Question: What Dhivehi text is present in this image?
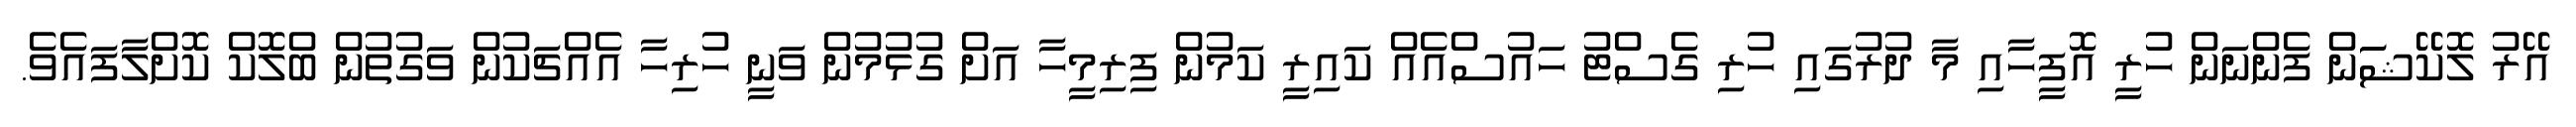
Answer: އޭރު ލޮކޭޝަަން ފެންނަން ހުރީ އޮފީހާއި މާ ދުރުގައި ހުރި ގެސްޓު ހައުސްއެއް ކައިރީ ކަމުން ފިރިމީހާ އަށް ގުޅުމުން ވަނީ ހުރިހާ އެއްޗަކުން ވަގުތުން ބްލޮކް ކޮށްލާފައެވެ.